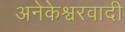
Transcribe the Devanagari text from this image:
अनेकेश्वरवादी